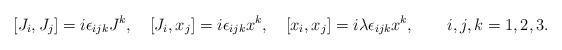
LaTeX: \begin{align*}[J_i, J_j]=i\epsilon_{ijk}J^k , \quad [J_i,x_j]=i\epsilon_{ijk}x^k ,\quad [x_i,x_j]=i\lambda\epsilon_{ijk}x^k,\quad\quad i,j,k=1,2,3. \end{align*}